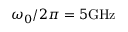
\omega _ { 0 } / 2 \pi = 5 \mathrm { G H z }